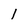
Character: 1